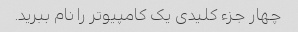
چهار جزء کلیدی یک کامپیوتر را نام ببرید.